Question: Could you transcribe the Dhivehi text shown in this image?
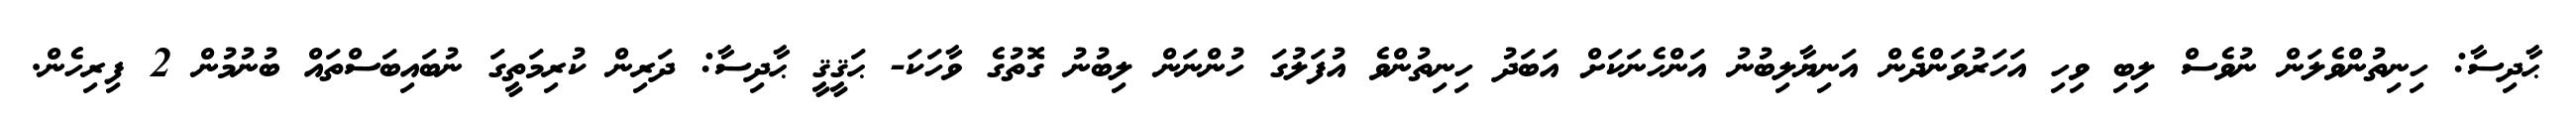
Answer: ޙާދިސާ: ހިނިތުންވެލަން ނުވެސް ލިބި ވިހި އަހަރުވަންދެން އަނިޔާލިބުނު އަންހެނަކަށް އަބަދު ހިނިތުންވެ އުފަލުގަ ހުންނަން ލިބުނު ގޮތުގެ ވާހަކަ- ޙަޤީޤީ ޙާދިސާ: ދަރިން ކުރިމަތީގަ ނުބައިބަސްތައް ބުނުމުން 2 ފިރިހެން.